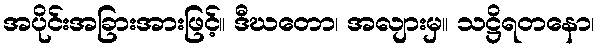
အပိုင်းအခြားအားဖြင့်။ ဒီဃတော၊ အလျားမှ။ သဋ္ဌိရတနော၊